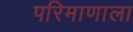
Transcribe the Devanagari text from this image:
परिमाणाला